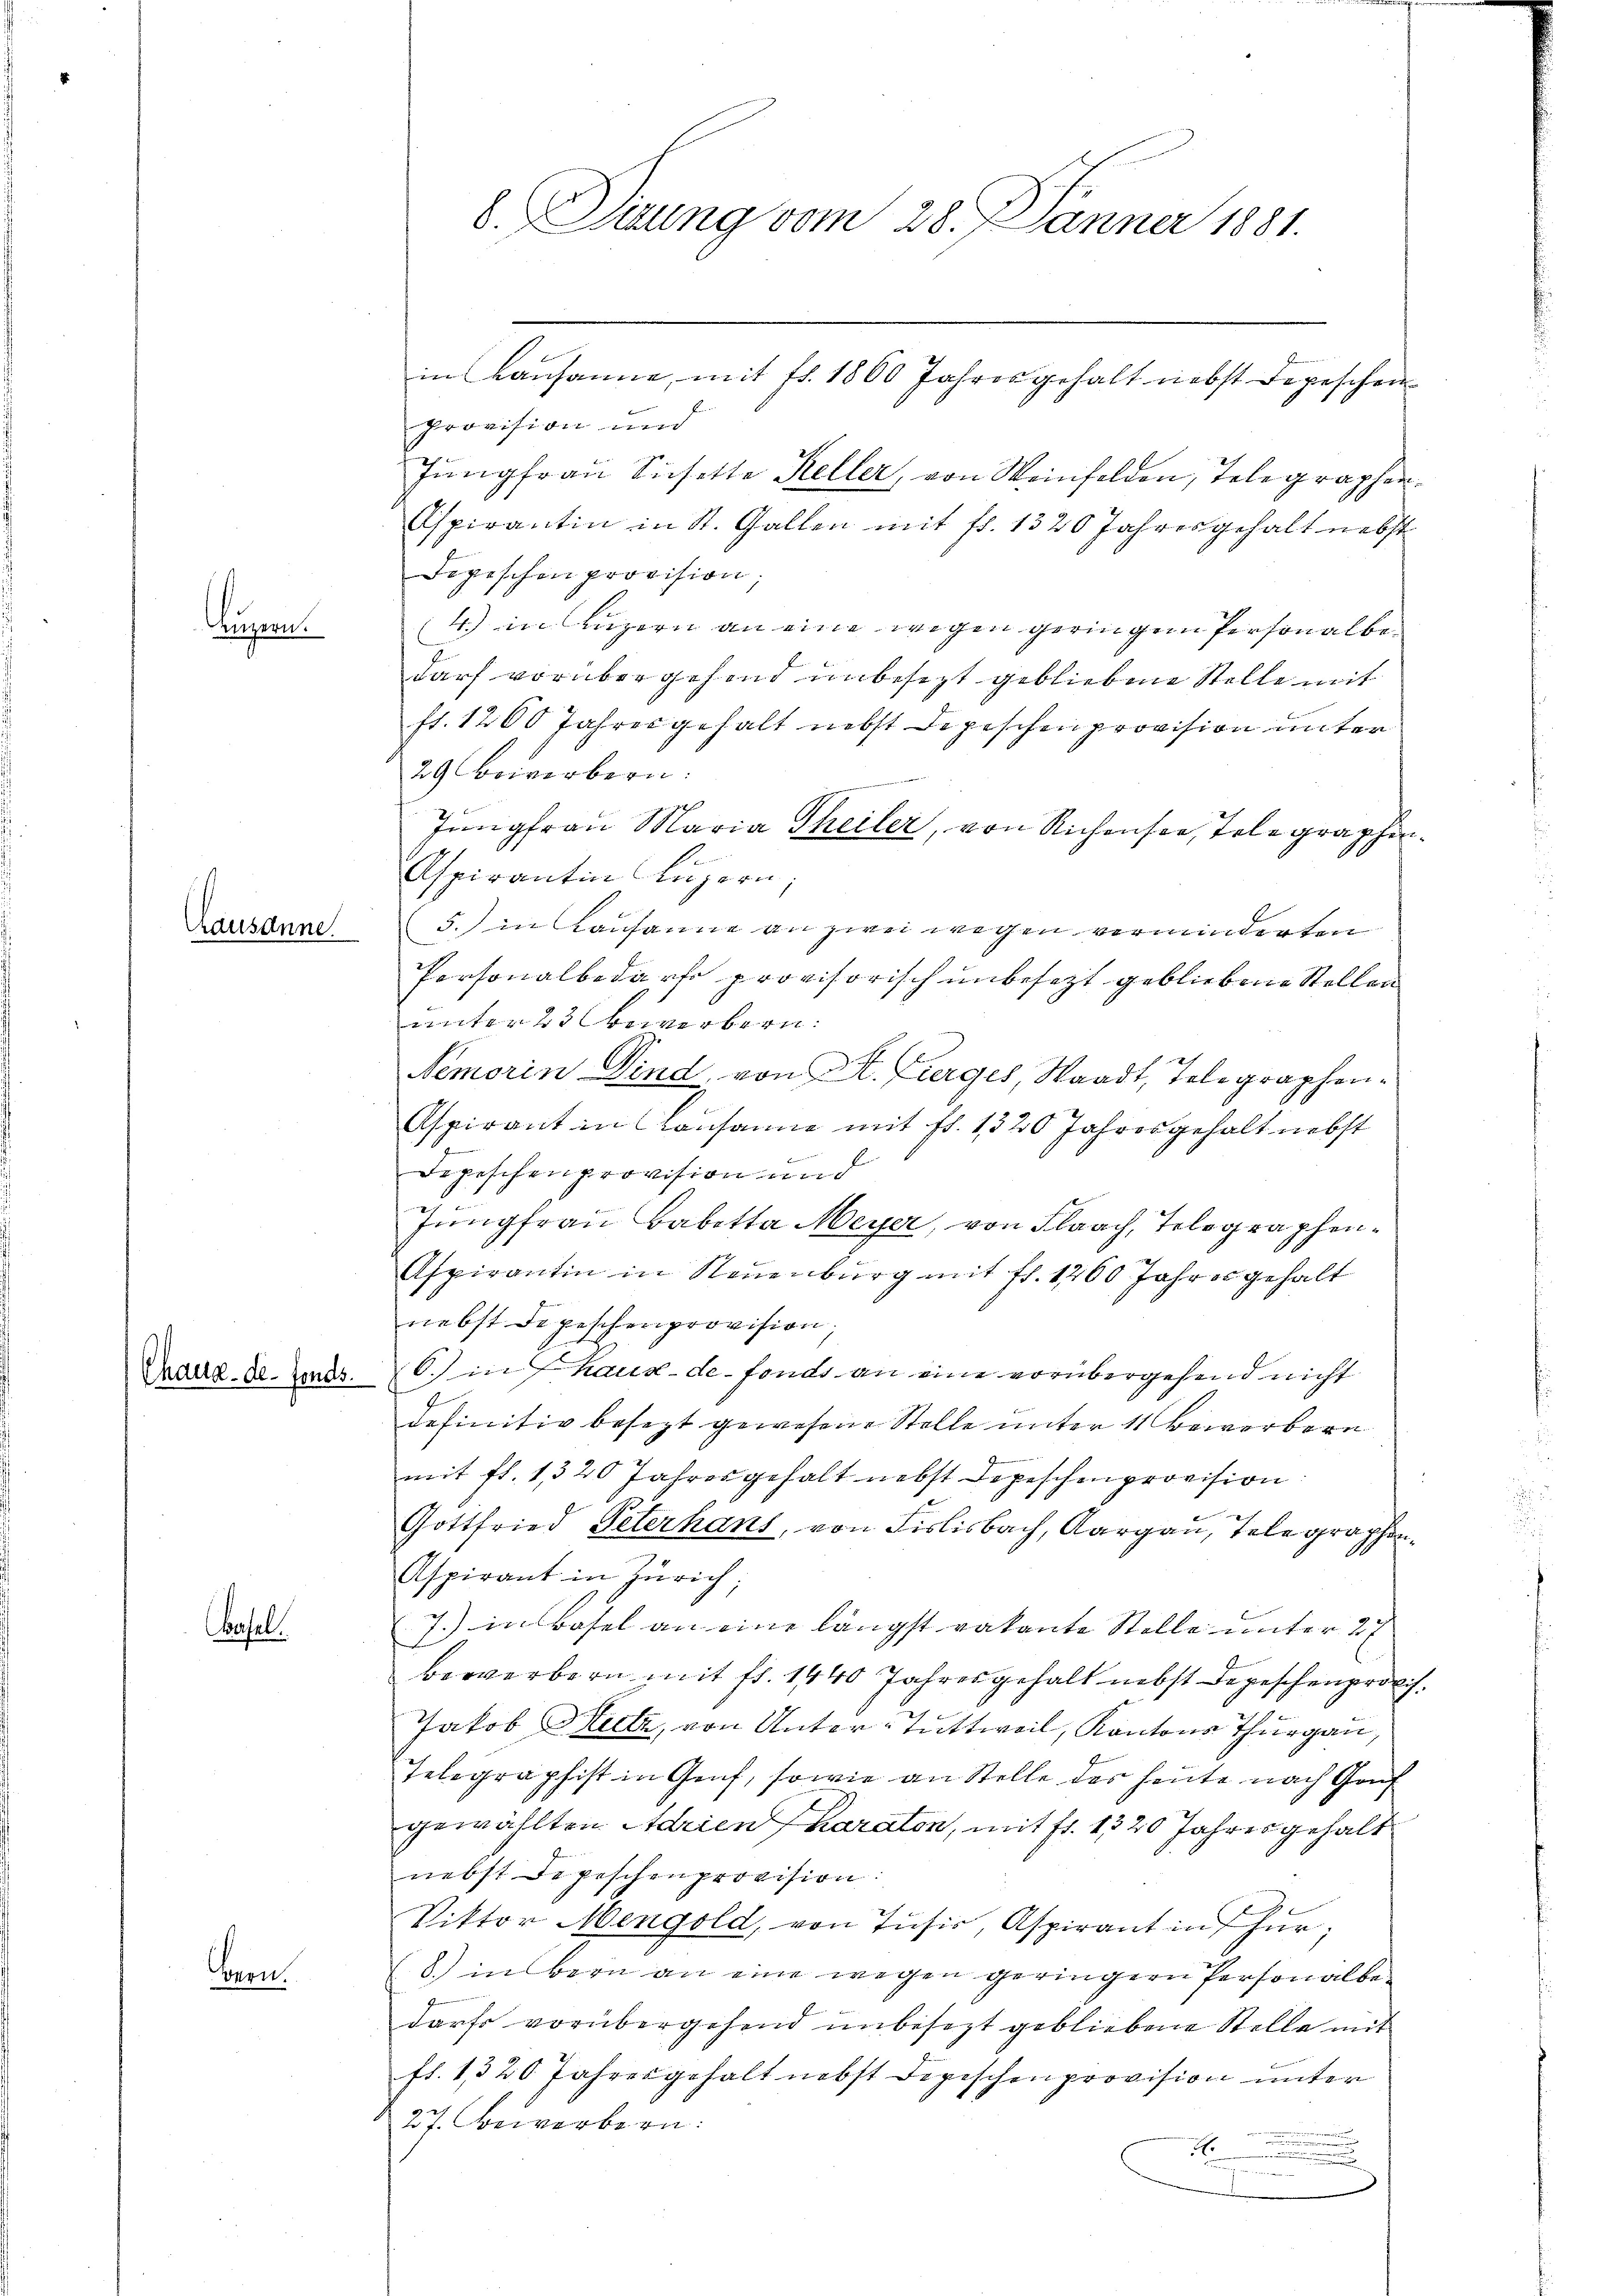
Luzern.

Causanne

Chaux-de-Fonds.

Basel.

Bern.

b. Sitzung vom 28. JJänner 1881.

Provision und
Jungfrau Sichelte Keller, von Weinfelden, Telegraphen¬
Aspirantin in St. Gallen mit fl. 1320 Jahresgehalt nebst
Dipischen provision,
4) in Luzern an eine wegen geringen Personalbe
darf vorübergehend unbesezt gebliebene Stelle mit
ft. 1200 Jahres gehalt nebst Depeschen provision unter
29 Bewerbern.
e
Jungfrau Maria Theiler, von Richensee, Telegraphen¬
Aspirantin Luzern
5. in Kausanne an zwei wegen verminderten
Personalbedarfe provisorisch unbesezt gebliebene Stellen
unter 23 Bewerbern.
Nemorin Dind von Kt. Zuerges, Waadt, Telegraphen¬
Aspirant in Lausanne mit fl. 1320 Jahresgehalt nebst
Depeschenprovision und
Jungfrau Babetta Meyer, von Flaach, Telegraphen¬
Aspirantin in Neuenburg mit fl. 1260 Jahres gehalt
nebst Depeschenprovision,
6. in haux-de-Fonds an eine vorübergehend nicht
definitiv besezt gewesene Stelle unter 11 Bewerbern
mit fl. 1320 Jahresgehalt nebst Depeschenprovision
Gottfried Peterhans, von Fislisbach, Aargau, Telegraphen¬
Aspirant in Zürich;
7.) in Basel an eine längst vakante Stelle unter 2 f
bewerbern mit fr. 1440 Jahresgehalt nebst Depeschenprölch¬
Jakob Sutz, von Unter-Tuttweil, Kantons Thurgau,
Telegraphist in Genf, sowie an Stelle des heute nach Genf
gewählten Adrien karaton, mit fr. 1320 Jahres gehalt
nebst Depeschenprovision:
Viktor Mengold, von Jŭsir, Aspirant in für
8.) in Bern an eine wegen geringern Personalbedarfs vorübergehend unbesezt gebliebene Stelle mit
fl. 1320 Jahresgehalt nebst Depeschenprovision unter
27. Bewerbern.
tr
.

in Lausanne, mit fr. 1860 Jahresgehalt nebst Depeschen